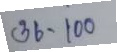
36 - 100